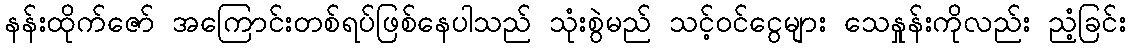
နန်းထိုက်ဇော် အကြောင်းတစ်ရပ်ဖြစ်နေပါသည် သုံးစွဲမည် သင့်ဝင်ငွေများ သေနှုန်းကိုလည်း ညံ့ခြင်း